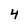
Character: 4